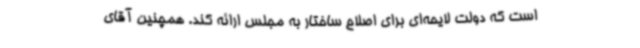
است که دولت لایحه‌ای برای اصلاح ساختار به مجلس ارائه کند. همچنین آقای